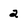
Character: 2